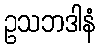
ဥသဘဒါနံ